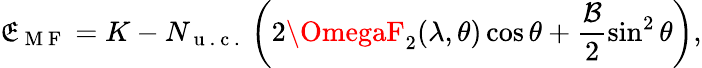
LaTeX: \mathfrak{E}_{\mathrm{{~M~F~}}}=K-N_{\mathrm{{~u~.~c~.~}}}\left(2\OmegaF_{2}(\lambda,\theta)\cos\theta+\frac{{\mathcal{{B}}}}{{2}}\sin^{2}\theta\right),